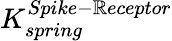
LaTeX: K_{spring}^{Spike-\mathbb{R}eceptor}